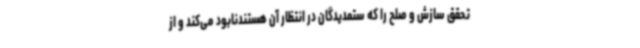
تحقق سازش و صلح را که ستمدیدگان در انتظار آن هستندنابود می‌کند و از